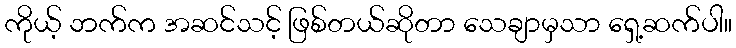
ကိုယ့် ဘက်က အဆင်သင့် ဖြစ်တယ်ဆိုတာ သေချာမှသာ ရှေ့ဆက်ပါ။